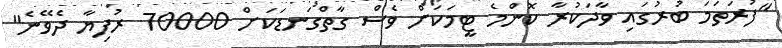
"ފުރަތަމަ ބުރުގައި ވާދަކުރާ ކޮންމެ ޓީމަކަށް ވެސް ގާތްގަނޑަކަށް 70000 ރުފިޔާ ދެވޭނެ"